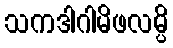
သကဒါဂါမိဖလမ္ပိ